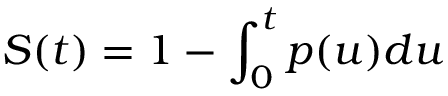
S ( t ) = 1 - \int _ { 0 } ^ { t } p ( u ) d u